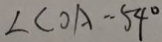
\angle C O A = 5 4 ^ { \circ }